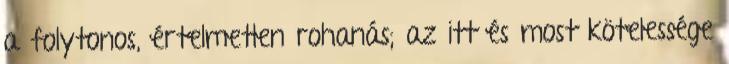
a folytonos, értelmetlen rohanás; az itt és most kötelessége